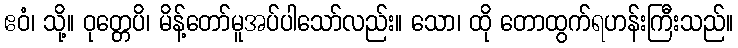
ဧဝံ၊ သို့။ ဝုတ္တေပိ၊ မိန့်တော်မူအပ်ပါသော်လည်း။ သော၊ ထို တောထွက်ရဟန်းကြီးသည်။